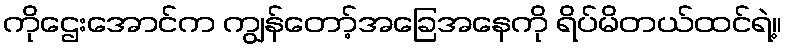
ကိုဌေးအောင်က ကျွန်တော့်အခြေအနေကို ရိပ်မိတယ်ထင်ရဲ့။